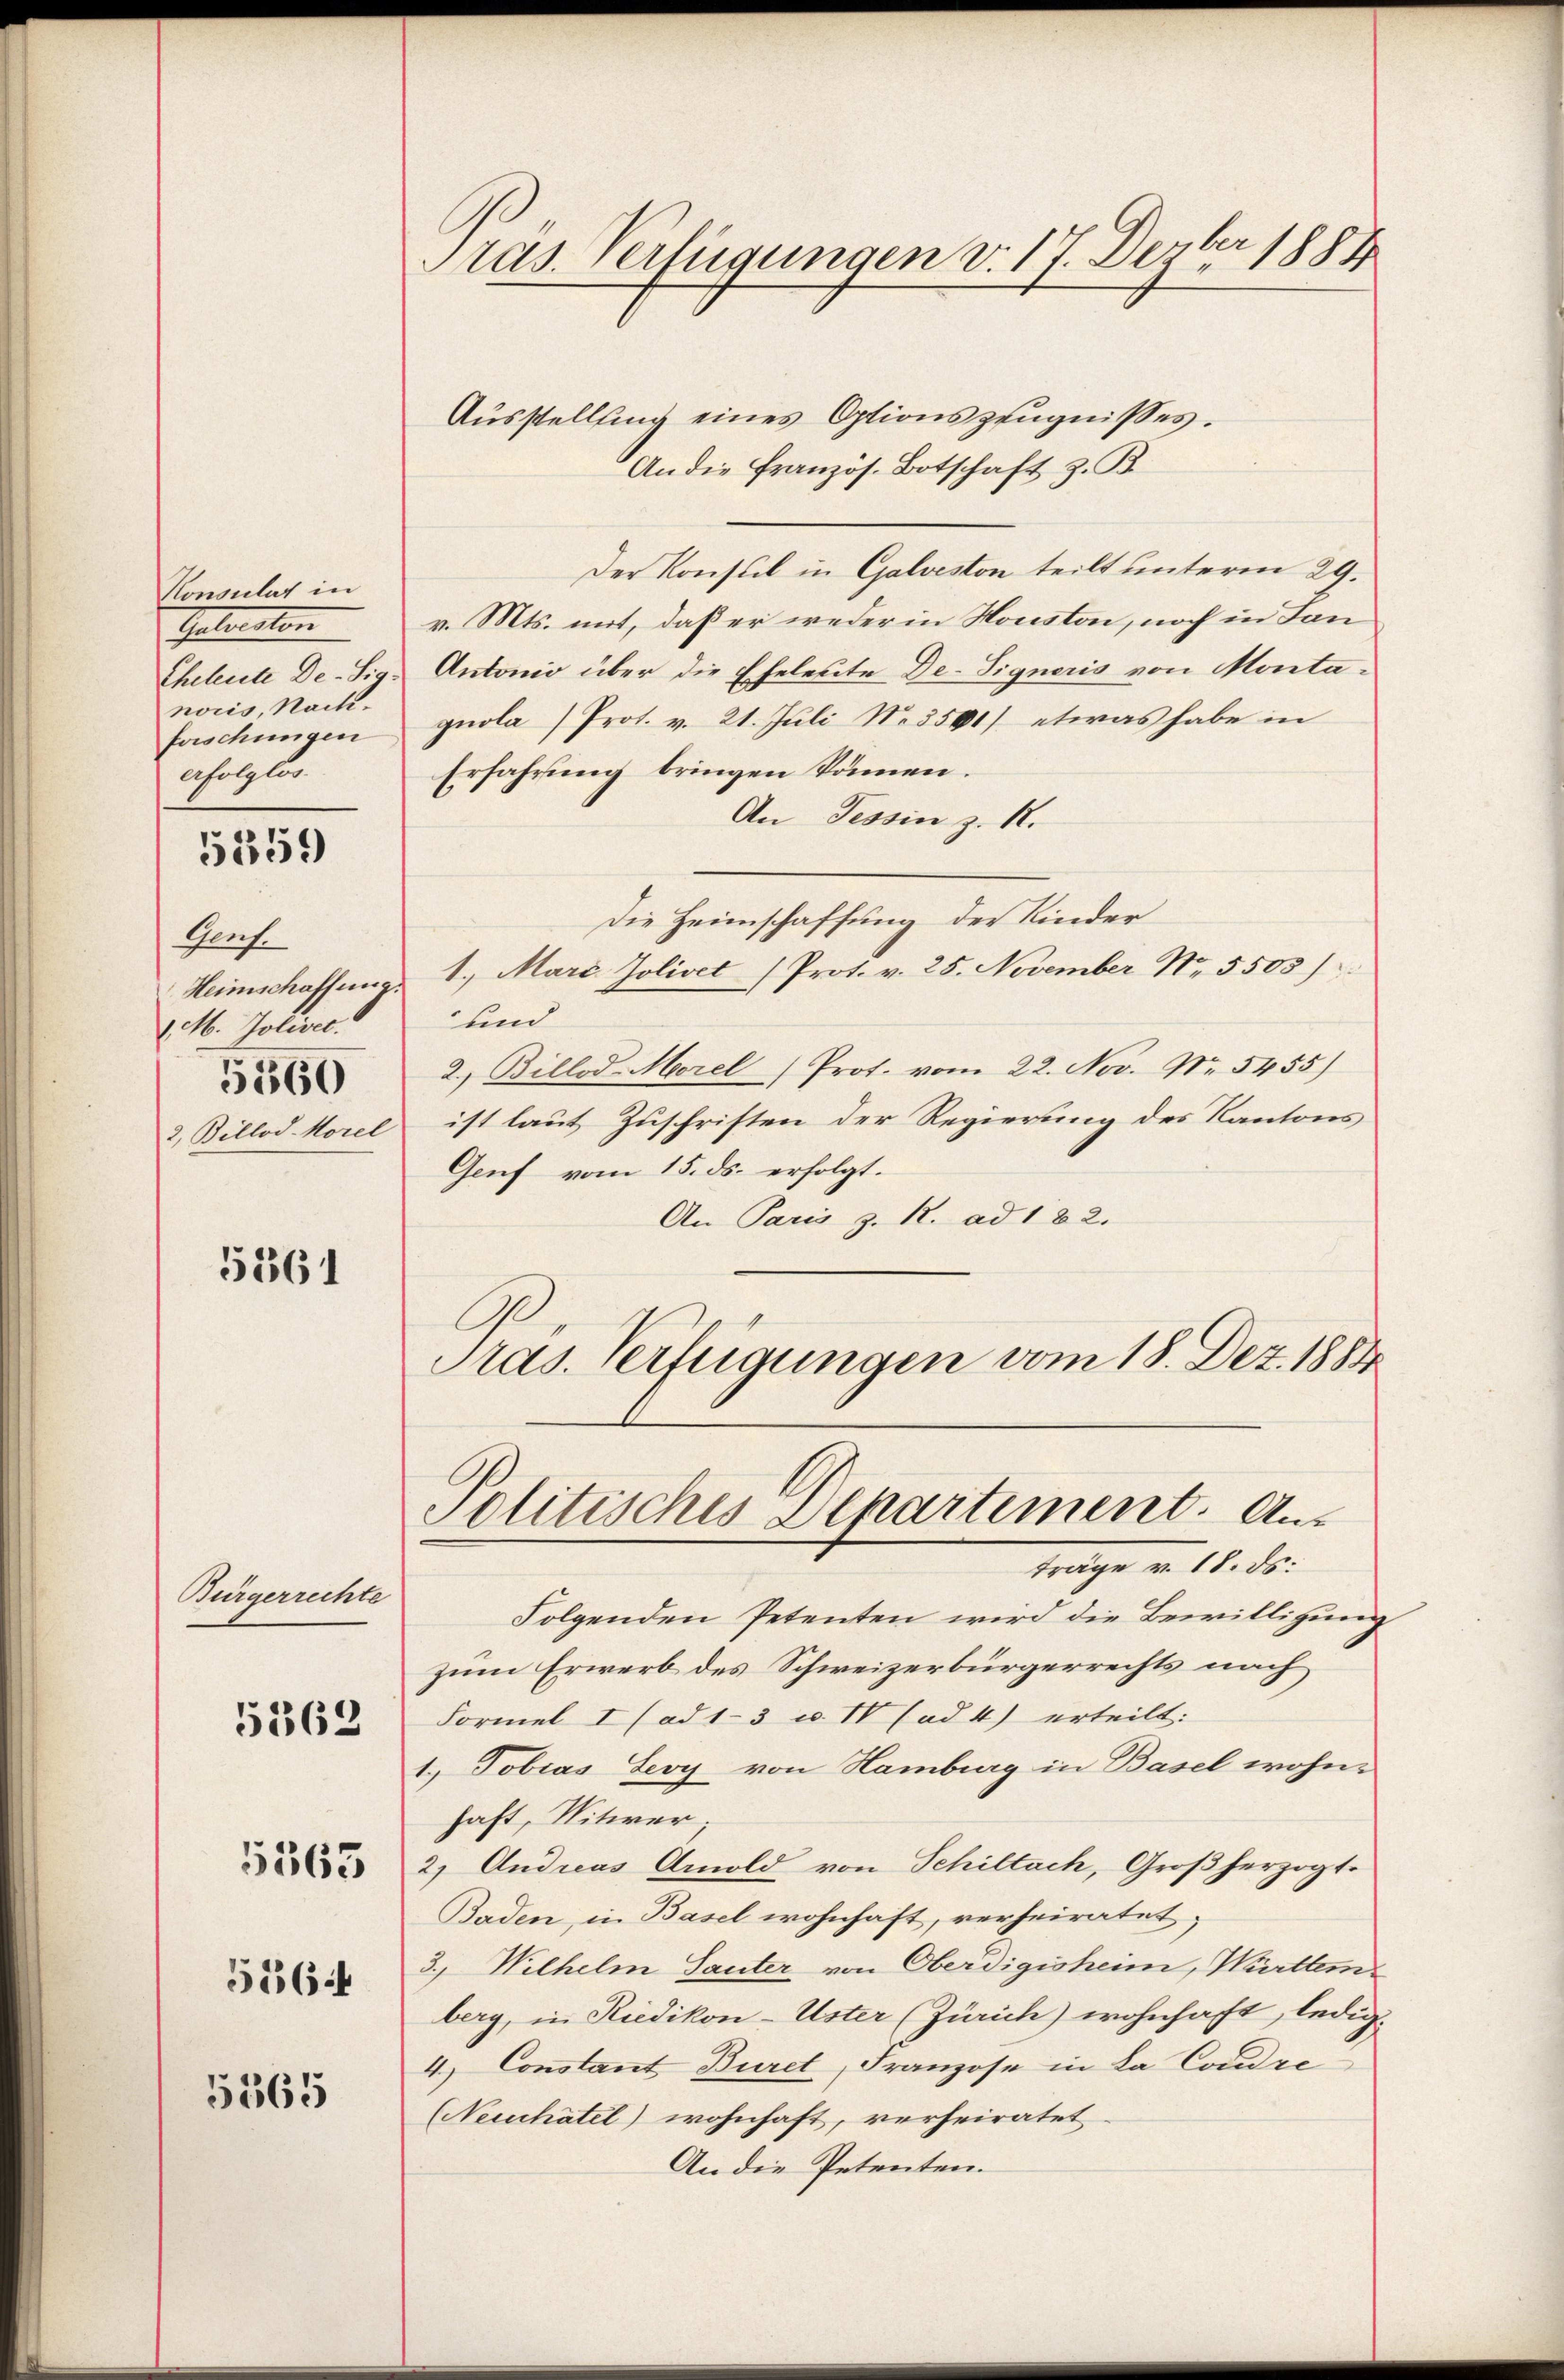
Konsulat in
Gelierten
Eheleute De-Sig.
nocis, Nachfaschungen
erfolglos.
Guch.
Heimschaffung.
1 M. Jolivet.
5560
2, Billod-Morel

5359

5561

Bürgerrechte
5363
51644

5563

5365

Pras. Verfügungen v. 17. Dezbr 1884

Ausstellung eines Optionszeugnisses.
An die französ. Botschaft z. B.
Der Konsul in Galveston teilt unterm 29.
v. Mts. mit, daß er weder in Houston, noch in San
Antonio über die Eheleute De-Signeris von Monta-
quola (Prot. v. 21. Juli No 3501) etwas habe in
Erfahrung bringen können.
An Tessin z. R.
Die Heimschaffung der Kinder
1. Marc Jolivet (Prot. v. 25. November Nr. 5505)
und
2.) Billod-Morel Prot. vom 22. Nov. Nr. 5455)
ist laut Zuschriften der Regierung des Kantons
Genf vom 15. ds. erfolgt.
An Paris z. R. ad 182.
Pras. Verfügungen vom 18. Dez. 1884

Politisches Departement. Anträge v. 18. ds.

Folgenden Petenten wird die Bewilligung
zum Erwerb des Schweizerbürgerrechts nach
Formel I (ad 1-3 u. IV (ad 4) erteilt:
1. Tobias Sey von Hamburg in Basel wohn-
haft, Nitwer;
2.) Andreas Amold von Schiltach, Großherzogt
Baden, in Basel wohnhaft, verheiratet,
3., Wilhelm Tanter von Oberdigisheim, Württemberg, in Riedikon-Uster (Zürich) wohnhaft, ledig¬
4.) Constant Buret, Franzose in La Condre
(Neuchâtel) wohnhaft, verheiratet
An die Petenten.